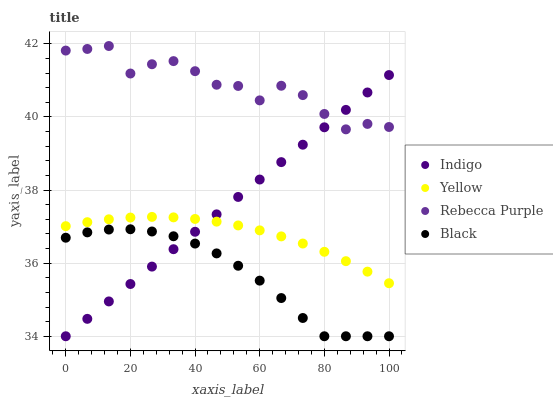
| xaxis_label | Indigo | Yellow | Rebecca Purple | Black |
 | --- | --- | --- | --- | --- |
 | 0 | 34 | 37 | 41.8 | 36.7 |
 | 6.67 | 34.5 | 37.1 | 41.9 | 36.8 |
 | 13.3 | 35 | 37.2 | 41.9 | 36.9 |
 | 20 | 35.4 | 37.2 | 41.2 | 36.9 |
 | 26.7 | 35.9 | 37.3 | 41.4 | 36.9 |
 | 33.3 | 36.4 | 37.3 | 41.5 | 36.7 |
 | 40 | 36.9 | 37.2 | 41.3 | 36.5 |
 | 46.7 | 37.3 | 37.1 | 40.9 | 36.3 |
 | 53.3 | 37.8 | 37 | 40.8 | 35.9 |
 | 60 | 38.3 | 36.9 | 40.5 | 35.5 |
 | 66.7 | 38.8 | 36.7 | 40.9 | 35 |
 | 73.3 | 39.2 | 36.5 | 40.6 | 34.5 |
 | 80 | 39.7 | 36.3 | 40.1 | 34 |
 | 86.7 | 40.2 | 36.1 | 39.7 | 34 |
 | 93.3 | 40.7 | 35.8 | 39.8 | 34 |
 | 100 | 41.1 | 35.5 | 39.7 | 34 |